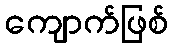
ကျောက်ဖြစ်